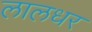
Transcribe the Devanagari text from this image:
लालधर